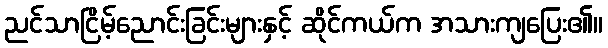
ညင်သာငြိမ့်ညောင်းခြင်းများနှင့် ဆိုင်ကယ်က အသားကျပြေး၏။